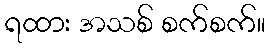
ရထား အသစ် စက်စက်။